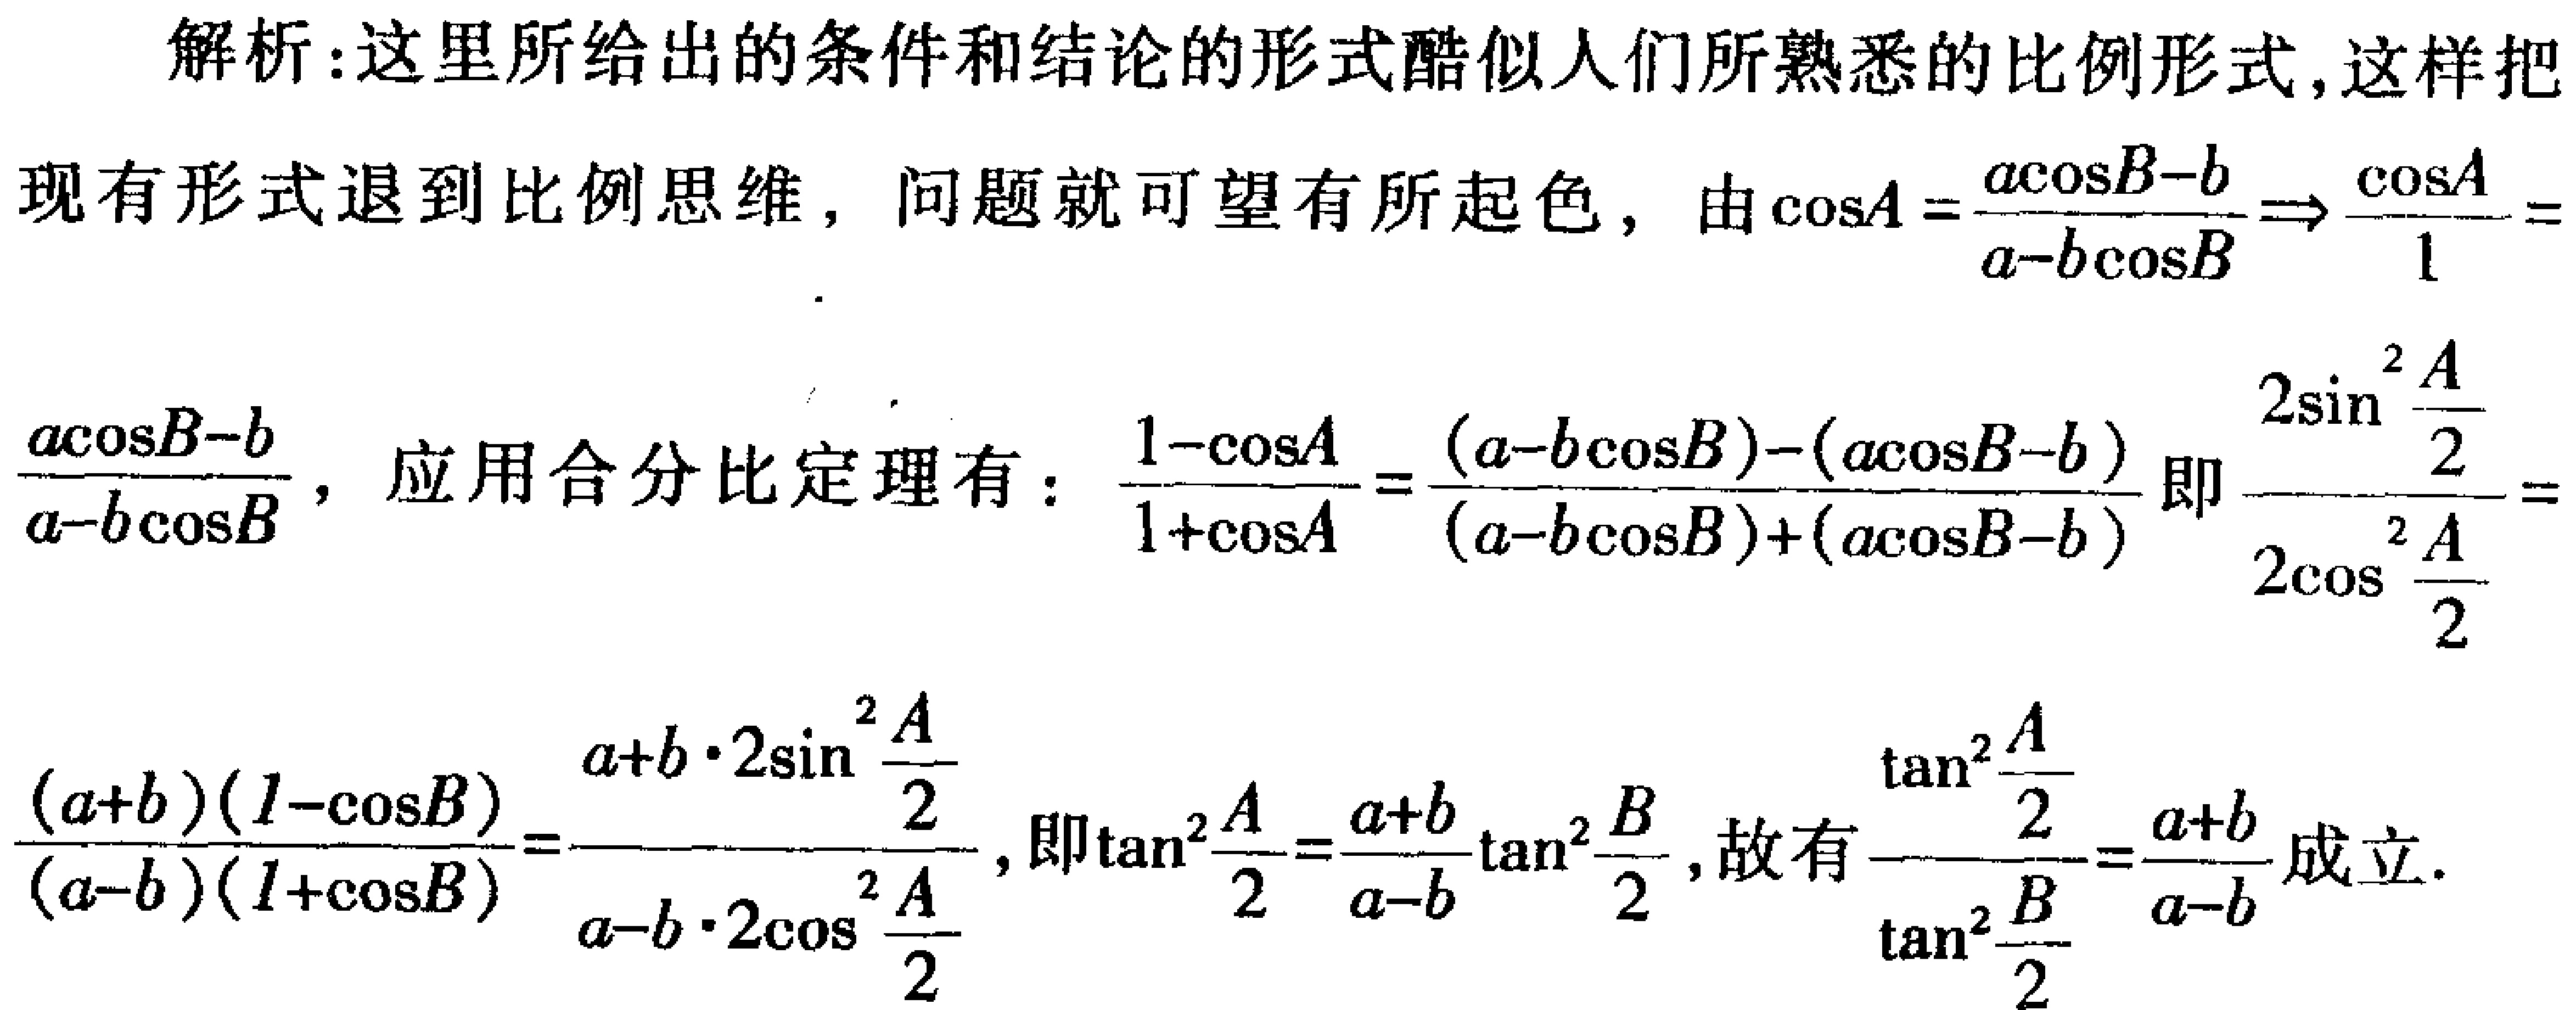
解析：这里所给出的条件和结论的形式酷似人们所熟悉的比例形式,这样把

现有形式退到比例思维，问题就可望有所起色，由\(\cos A=\frac{a\cos B - b}{a - b\cos B}\Rightarrow\frac{\cos A}{1}=\)

\(\frac{a\cos B - b}{a - b\cos B}\)，应用合分比定理有：\(\frac{1 - \cos A}{1 + \cos A}=\frac{(a - b\cos B)-(a\cos B - b)}{(a - b\cos B)+(a\cos B - b)}\)即\(\frac{2\sin^{2}\frac{A}{2}}{2\cos^{2}\frac{A}{2}}=\)

\(\frac{(a + b)(1 - \cos B)}{(a - b)(1 + \cos B)}=\frac{a + b\cdot2\sin^{2}\frac{A}{2}}{a - b\cdot2\cos^{2}\frac{A}{2}}\)，即\(\tan^{2}\frac{A}{2}=\frac{a + b}{a - b}\tan^{2}\frac{B}{2}\)，故有\(\frac{\tan^{2}\frac{A}{2}}{\tan^{2}\frac{B}{2}}=\frac{a + b}{a - b}\)成立.